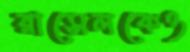
রাসেলকেও